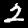
Label: 2